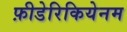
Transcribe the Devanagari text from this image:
फ़ीडेरिकियेनम